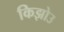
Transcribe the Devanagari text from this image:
किझोउ